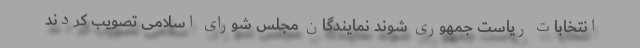
انتخابات ریاست جمهوری شوند نمایندگان مجلس شورای اسلامی تصویب کردند